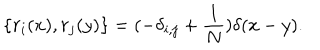
\{ r _ { i } ( x ) , r _ { j } ( y ) \} = ( - \delta _ { i , j } + \frac { 1 } { N } ) \delta ( x - y ) .